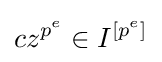
cz^{p^{e}}\in I^{[p^{e}]}